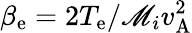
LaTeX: \beta_{\mathrm{e}}=2T_{\mathrm{e}}/\mathscr{M}_{i}v_{\mathrm{{A}}}^{2}